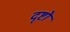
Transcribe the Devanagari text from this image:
दृष्टो